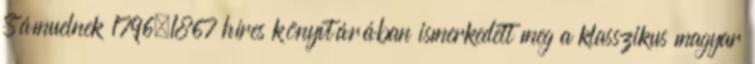
Sámuelnek 1796–1867 híres könyvtárában ismerkedett meg a klasszikus magyar